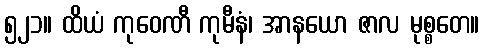
၅၂၁။ ထိယံ ကုဝေဏီ ကုမီနံ၊ အာနယော ဇာလ မုစ္စတေ။